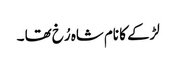
لڑکے کا نام شاہ رُخ تھا ۔